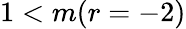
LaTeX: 1<m(r=-2)